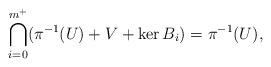
LaTeX: \begin{align*} \bigcap_{i=0}^{m^+} (\pi^{-1}(U) + V + \ker B_i) = \pi^{-1}(U),\end{align*}